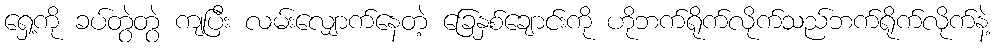
ရှေ့ကို ခပ်တွဲတွဲ ကျပြီး လမ်းလျှောက်နေတဲ့ ခြေနှစ်ချောင်းကို ဟိုဘက်ရိုက်လိုက်သည်ဘက်ရိုက်လိုက်နဲ့